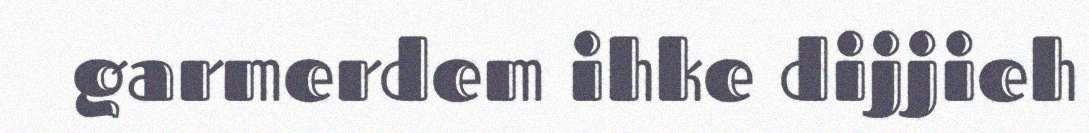
garmerdem ihke dijjieh